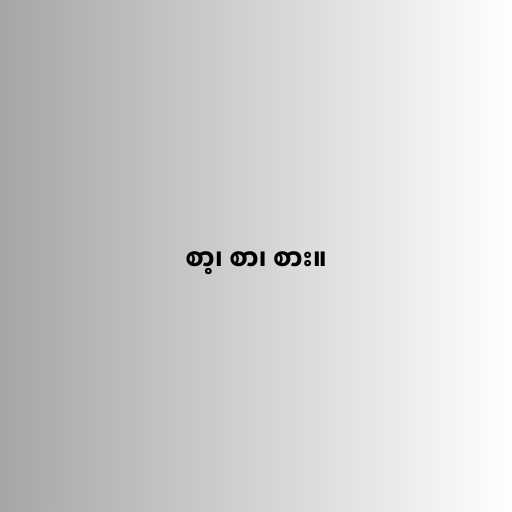
စာ့၊ စာ၊ စား။